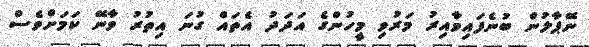
ނޭޕާލުން ބުނެފައިވާއިރު މަރުވި މީހުންގެ އަދަދު އެތައް ގުނަ އިތުރު ވާނޭ ކަމަށްވެސް